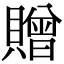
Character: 贈